Saare_Masina-traktorijaam, lk 14
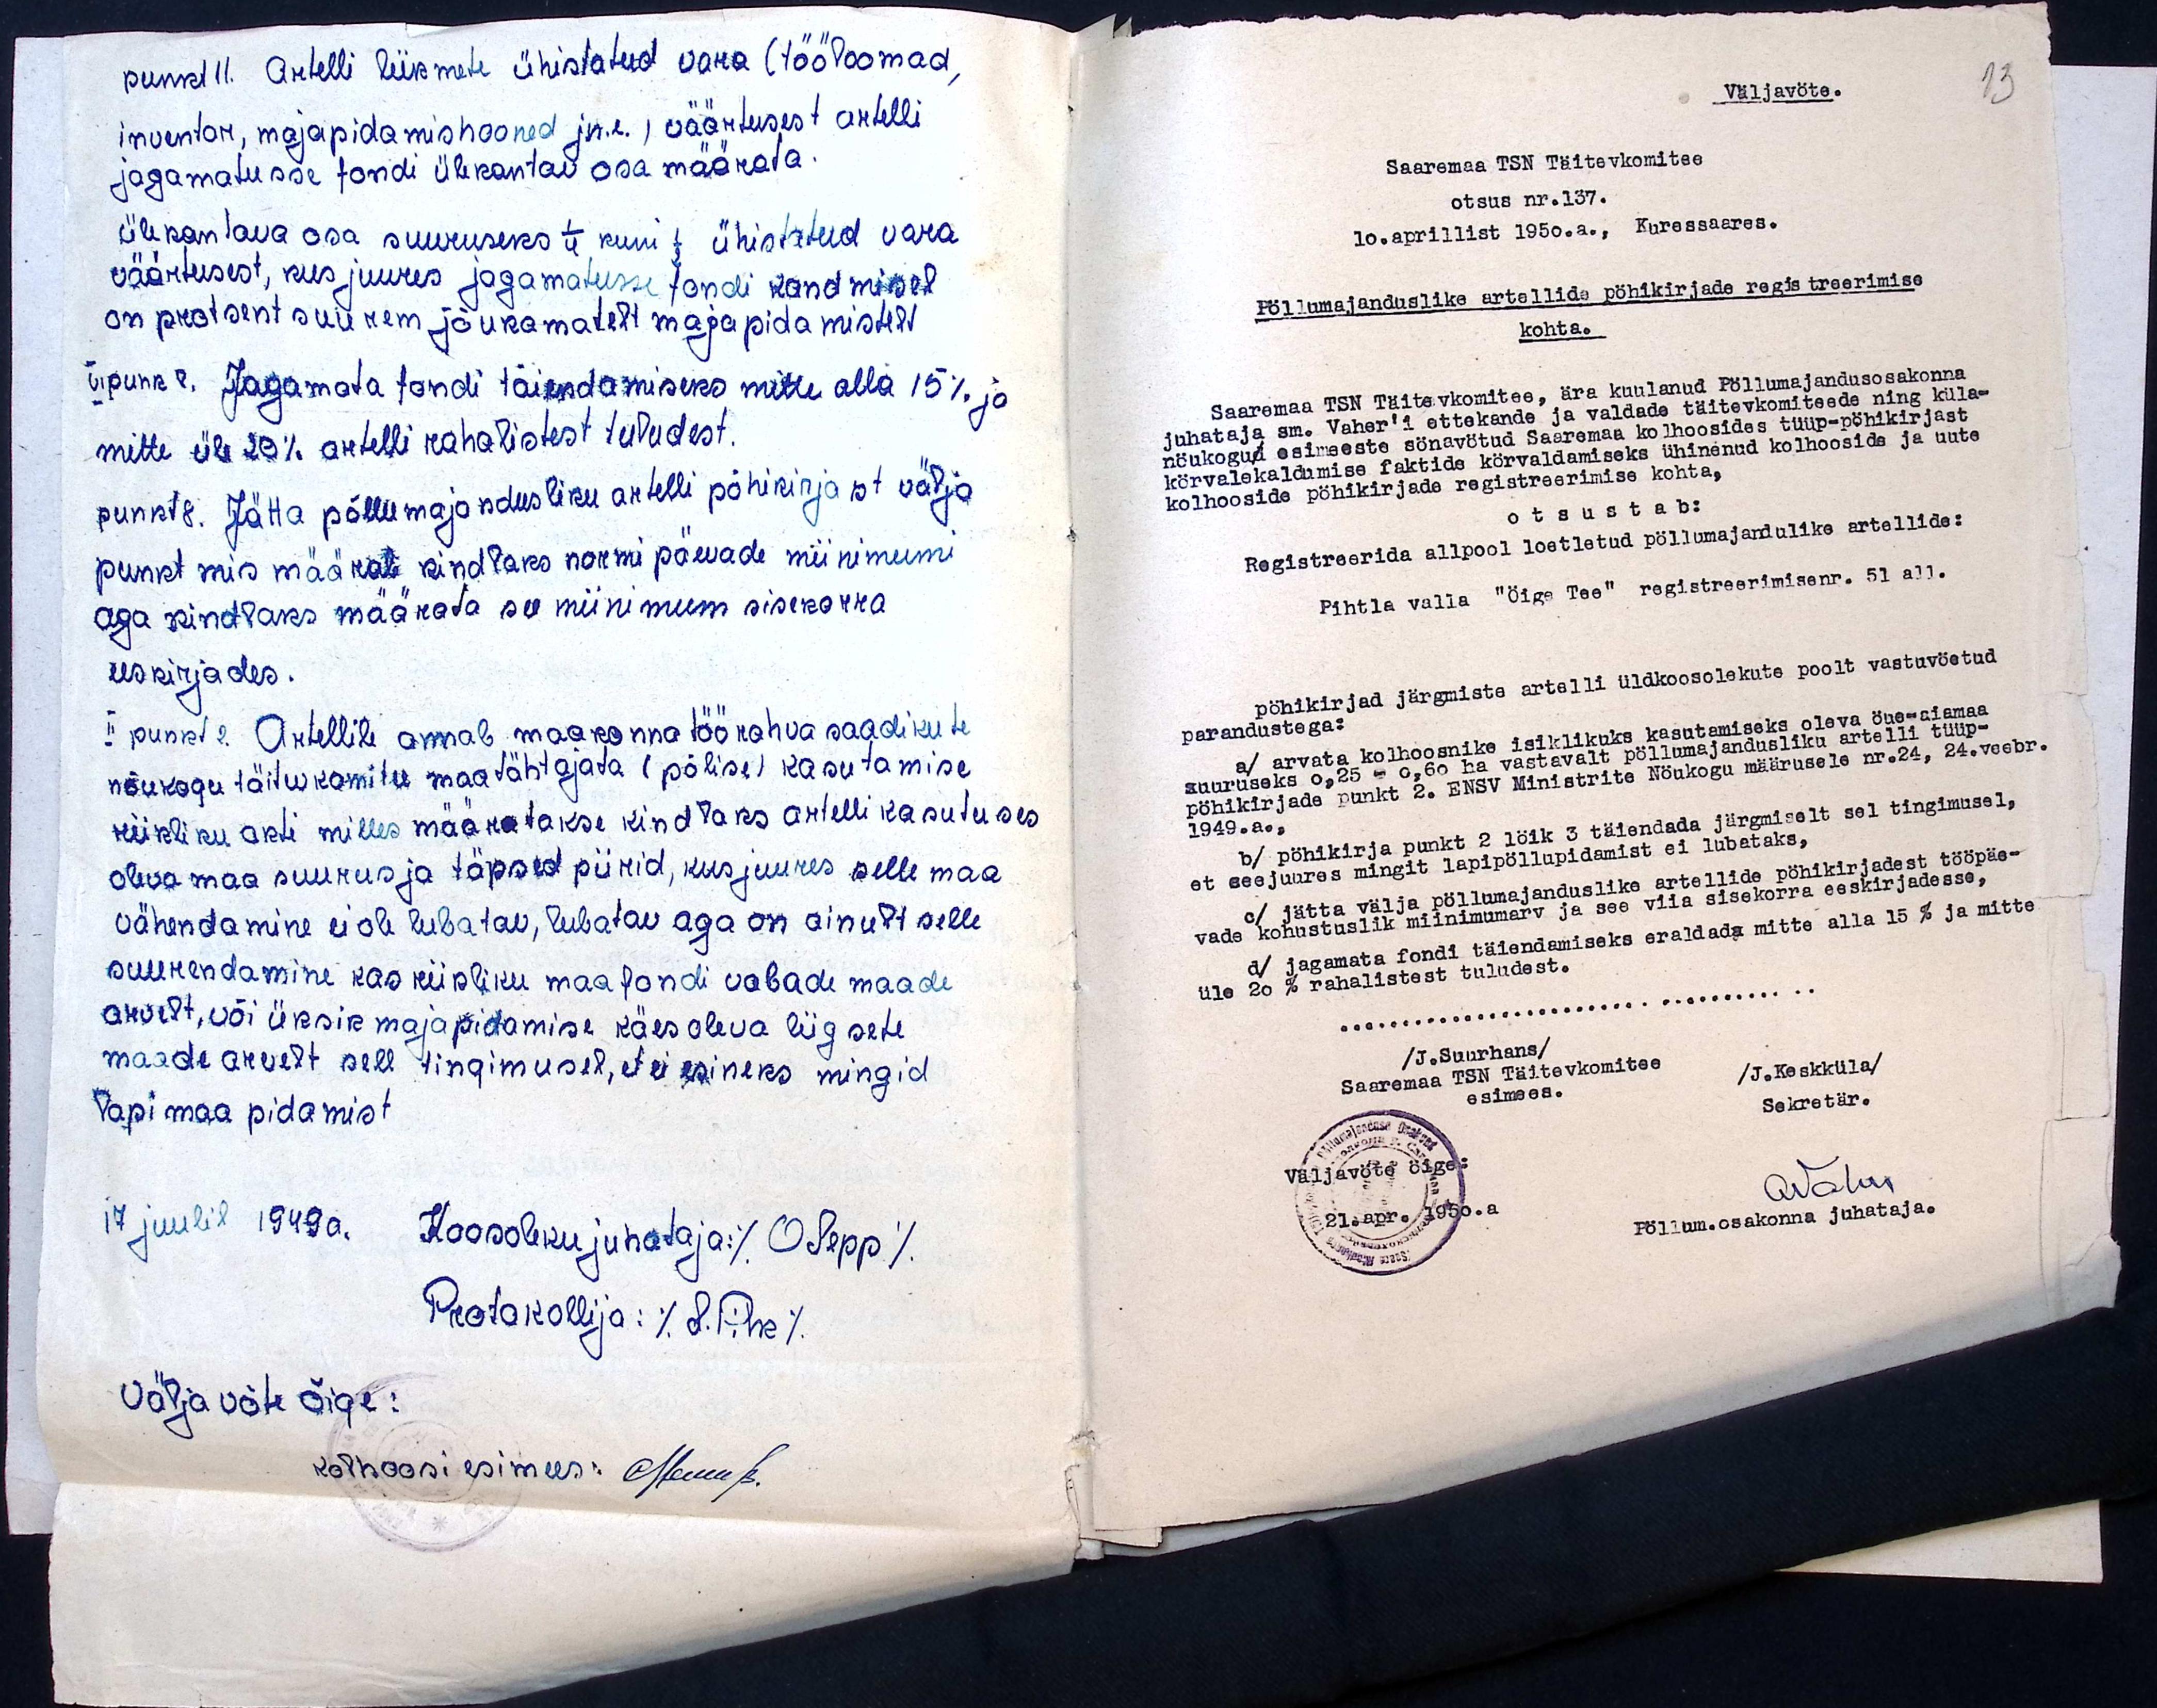
punkt 11. Artelli liikmete ühistatud vara (tööloomad,
inventor, majapidamishooned jn.e. väärtusest artelli
jagamatusse fondi ülekantav osa määrata.
ülekandava osa suuruseks 1/4 kuni 1/2 ühistatud vara
väärtusest, kus juures jagamatusse fondi kandmisel
on protsent suurem jõukamatelt majapidamistelt
VI punkt 8. Jagamata fondi täiendamiseks mitte alla 15% ja
mitte üle 20% artelli rahalistest tuludest.
punkt 8. Jätta põllumajandusliku artelli põhikirjast välja
punkt mis määrab kindlaks normipäevade miinimumi
aga kindlaks määrata see miinimum sisekorra
eeskirjades.
II punkt 2 Artellile annab maakonna töörahva saadikute
nõukogu täitevkomitee maa tähtajata (põlise) kasutamise
riikliku akti, milles määratakse kindlaks artelli kasutuses
oleva maa suurus ja täpsed piirid, kus juures selle maa
vähendamine ei ole lubatav, lubatav aga on ainult selle
suurendamine kas riikliku maafondi vabade maade
arvelt, või üksik majapidamise käesoleva liigsete
maade arvelt sell tingimusel, et ei esineks mingid
Vapimaa pidamist.
17 juulil 1949a. Koosoleku juhataja: / O. Sepp/
Protokollija: /. L. Pihk /
väljavõte õige:
kolhoosi esimees: Nemus.

Väljavöte.
Saaremaa TSN Täitevkomitee
otsus nr. 137.
10.aprillist 1950.a., Kuressaares.
Põllumajanduslike artellide põhikirjade registreerimise
kohta.
Saaremaa TSN Täitevkomitee, ära kuulanud Põllumajandusosakonna
juhataja sm. Vaher'i ettekande ja valdade täitevkomiteede ning küla-
nõukogud esimeeste sönavötud Saaremaa kolhoosides tüüp-pöhikirjast
körvalekaldamise faktide kõrvaldamiseks ühinenud kolhooside ja uute
kolhooside pöhikirjade registreerimise kohta,
otsustab:
Registreerida allpool loetletud pöllumajandulike artellide:
Pihtla valla "Öige Tee" registreerimise nr. 51 all.
pöhikirjad järgmiste artelli üldkoosolekute poolt vastuvöetud
parandustega:
a/ arvata kolhoosnike isiklikuks kasutamiseks oleva öue-aiamaa
suuruseks 0,25 - 0,60 ha vastavalt pöllumajandusliku artelli tüüp-
põhikirjade punkt 2. ENSV Ministrite Nöukogu määrusele nr.24, 24. veebr.
1949. a.
b/ pöhikirja punkt 2 löik 3 täiendada järgmiselt sel tingimusel,
et seejuures mingit lapipöllupidamist ei lubataks.
c/ jätta välja pöllumajanduslike artellide pöhikirjadest tööpäe-
vade kohustuslik miinimumarv ja see viia sisekorra eeskirjadesse,
d/ jagamata fondi täiendamiseks eraldada mitte alla 15% ja mitte
üle 20% rahalistest tuludest.
/J.Suurhans/
Saaremaa TSN Täitevkomitee
esimees.
/J.Keskküla/
Sekretär.
Rahu
Pöllum. osakonna juhataja.